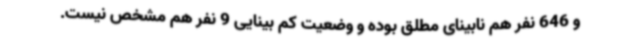
و 646 نفر هم نابینای مطلق بوده و وضعیت کم بینایی 9 نفر هم مشخص نیست.